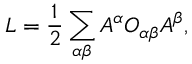
{ \cal L } = \frac { 1 } { 2 } \sum _ { \alpha \beta } { \cal A } ^ { \alpha } { \cal O } _ { \alpha \beta } { \cal A } ^ { \beta } ,